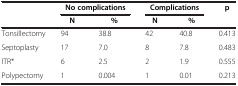
|  | <COLSPAN=2> No complications | <COLSPAN=2> Complications | p |
 |  | N | % | N | % |  |
 | --- | --- | --- | --- | --- | --- |
 | Tonsillectomy | 94 | 38.8 | 42 | 40.8 | 0.413 |
 | Septoplasty | 17 | 7.0 | 8 | 7.8 | 0.483 |
 | ITR* | 6 | 2.5 | 2 | 1.9 | 0.555 |
 | Polypectomy | 1 | 0.004 | 1 | 0.01 | 0.213 |